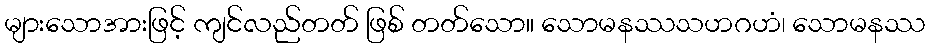
များသောအားဖြင့် ကျင်လည်တတ် ဖြစ် တတ်သော။ သောမနဿသဟဂဟံ၊ သောမနဿ